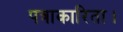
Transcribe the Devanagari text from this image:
पत्राकारिता।